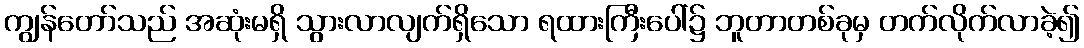
ကျွန်တော်သည် အဆုံးမရှိ သွားလာလျက်ရှိသော ရထားကြီးပေါ်၌ ဘူတာတစ်ခုမှ တက်လိုက်လာခဲ့၍